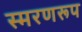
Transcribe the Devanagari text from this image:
स्मरणरूप